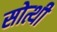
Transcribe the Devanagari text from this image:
सोत्थी